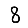
Digit: 8